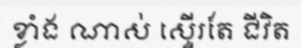
ខ្លាំង ណាស់ ស្ទើរតែ ជីវិត